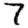
Digit: 7